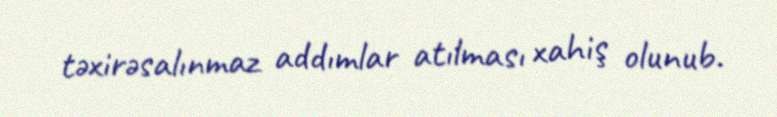
təxirəsalınmaz addımlar atılması xahiş olunub.